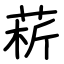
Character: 菥